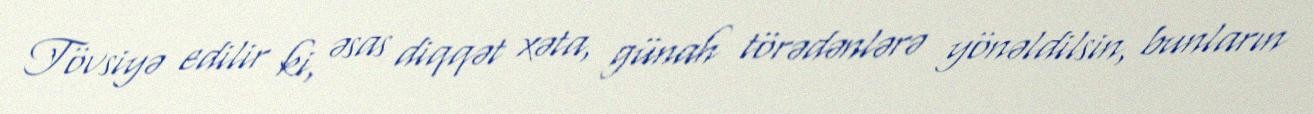
Tövsiyə edilir ki, əsas diqqət xəta, günah törədənlərə yönəldilsin, bunların